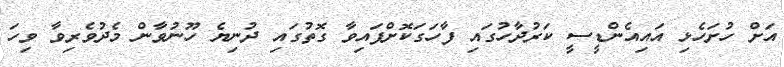
އަށް ހުށަހެޅި އައިއެންޑީސީ ކަރުދާހުގައި ފާހަގަކޮށްފައިވާ ގޮތުގައި ދުނިޔެ ހޫނުވާން މެދުވެރިވާ ވިހަ